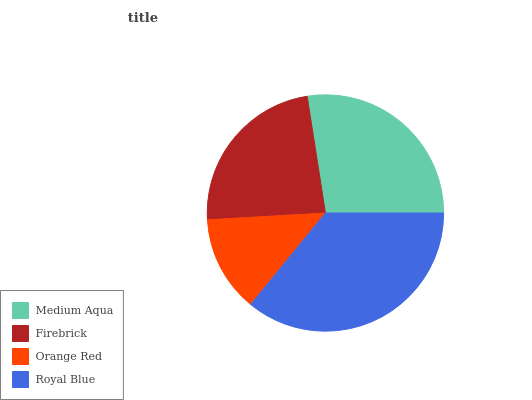
| Medium Aqua | Firebrick | Orange Red | Royal Blue |
 | --- | --- | --- | --- |
 | 27.5% | 23.4% | 13.2% | 35.9% |